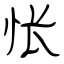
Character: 怅